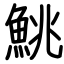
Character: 鮡